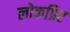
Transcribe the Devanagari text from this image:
लोकप्रिए